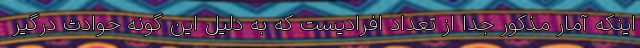
اینکه آمار مذکور جدا از تعداد افرادیست که به دلیل این گونه حوادث درگیر